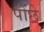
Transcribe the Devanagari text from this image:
पोंछे